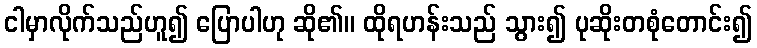
ငါမှာလိုက်သည်ဟူ၍ ပြောပါဟု ဆို၏။ ထိုရဟန်းသည် သွား၍ ပုဆိုးတစုံတောင်း၍